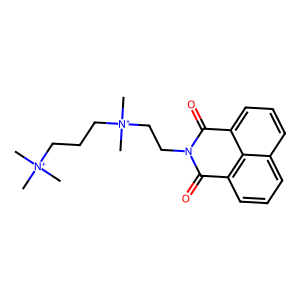
SMILES: C[N+](C)(C)CCC[N+](C)(C)CCN1C(=O)c2cccc3cccc(c23)C1=O
Inhibits HIV replication: No